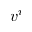
v ^ { i }